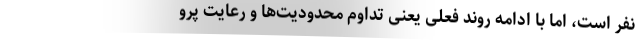
نفر است، اما با ادامه روند فعلی یعنی تداوم محدودیت‌ها و رعایت پرو